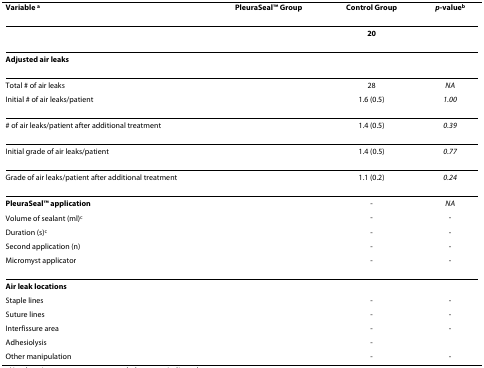
<table><thead><tr><td><b>Variable <sup>a</sup></b></td><td><b>PleuraSealTM Group</b></td><td><b>Control Group</b></td><td><b><i>p</i>-value<sup>b</sup></b></td></tr></thead><tbody><tr><td>[EMPTY_CELL]</td><td>[EMPTY_CELL]</td><td><b>20</b></td><td>[EMPTY_CELL]</td></tr><tr><td colspan="4"><b>Adjusted air leaks</b></td></tr><tr><td>Total # of air leaks</td><td>[EMPTY_CELL]</td><td>28</td><td><i>NA</i></td></tr><tr><td>Initial # of air leaks/patient</td><td>[EMPTY_CELL]</td><td>1.6 (0.5)</td><td><i>1.00</i></td></tr><tr><td># of air leaks/patient after additional treatment</td><td>[EMPTY_CELL]</td><td>1.4 (0.5)</td><td><i>0.39</i></td></tr><tr><td>Initial grade of air leaks/patient</td><td>[EMPTY_CELL]</td><td>1.4 (0.5)</td><td><i>0.77</i></td></tr><tr><td>Grade of air leaks/patient after additional treatment</td><td>[EMPTY_CELL]</td><td>1.1 (0.2)</td><td><i>0.24</i></td></tr><tr><td><b>PleuraSealTM application</b></td><td>[EMPTY_CELL]</td><td>-</td><td><i>NA</i></td></tr><tr><td>Volume of sealant (ml)<sup>c</sup></td><td>[EMPTY_CELL]</td><td>-</td><td>-</td></tr><tr><td>Duration (s)<sup>c</sup></td><td>[EMPTY_CELL]</td><td>-</td><td>-</td></tr><tr><td>Second application (n)</td><td>[EMPTY_CELL]</td><td>-</td><td>-</td></tr><tr><td>Micromyst applicator</td><td>[EMPTY_CELL]</td><td>-</td><td>-</td></tr><tr><td colspan="3"><b>Air leak locations</b></td><td>[EMPTY_CELL]</td></tr><tr><td>Staple lines</td><td>[EMPTY_CELL]</td><td>-</td><td>-</td></tr><tr><td>Suture lines</td><td>[EMPTY_CELL]</td><td>-</td><td>-</td></tr><tr><td>Interfissure area</td><td>[EMPTY_CELL]</td><td>-</td><td>-</td></tr><tr><td>Adhesiolysis</td><td>[EMPTY_CELL]</td><td>-</td><td>[EMPTY_CELL]</td></tr><tr><td>Other manipulation</td><td>[EMPTY_CELL]</td><td>-</td><td>-</td></tr></tbody></table>